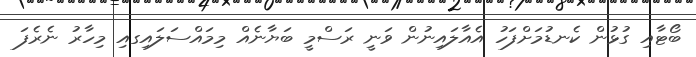
ބޯޓާއި ގުޅުން ކެނޑުމަށްފަހު އެއާލައިނުން ވަނީ ރަސްމީ ބަޔާނެއް މިމައްސަލައިގއި މިހާރު ނެރެފަ